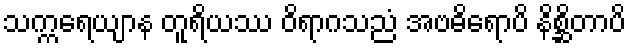
သက္ကရေယျာန တူရိယဿ ဝိရာဂသညံ အဗဓိရောပိ နိစ္ဆိတာပိ